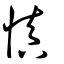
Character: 昚